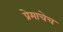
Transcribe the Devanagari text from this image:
प्रेमाचेच